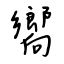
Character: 嚮